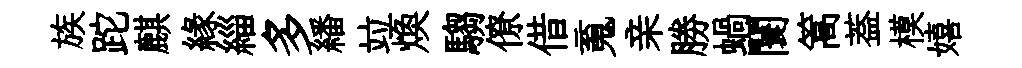
族跎麒縁緇多繙竝焕騶僚借䰟亲勝蝸闤篙葢模嬉